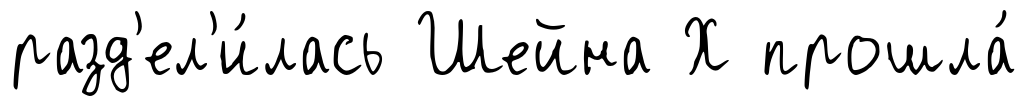
разд'ел'и́лась Шейна Х прошла́